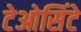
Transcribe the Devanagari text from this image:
टेओसिंटे